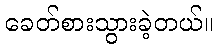
ခေတ်စားသွားခဲ့တယ်။